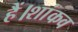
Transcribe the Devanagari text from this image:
हैं।शांकव